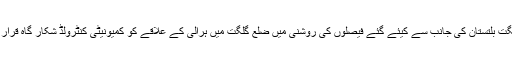
حکومت گلگت بلتستان کی جانب سے کیئے گئے فیصلوں کی روشنی میں ضلع گلگت میں ہرالی کے علاقے کو کمیونیٹی کنٹرولڈ شکار گاہ قرار دیا گیا ہے۔